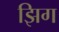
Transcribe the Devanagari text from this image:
झिग